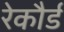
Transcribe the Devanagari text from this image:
रेकौर्ड